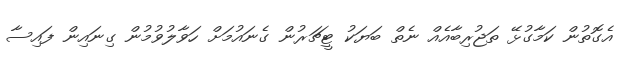
އެގޮތުން ކަމާގުޅޭ ތަޖުރިބާއެއް ނެތް ބަޔަކު ޓީޗަރުން ގެނައުމަށް ހަވާލުވުމުން ގިނައިން ފައިސާ